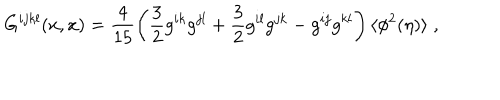
G ^ { i j k l } ( x , x ) = \frac { 4 } { 1 5 } \left( \frac { 3 } { 2 } g ^ { i k } g ^ { j l } + \frac { 3 } { 2 } g ^ { i l } g ^ { j k } - g ^ { i j } g ^ { k l } \right) \langle \phi ^ { 2 } ( \eta ) \rangle \; ,